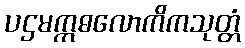
ပဌမဣဓလောကိကသုတ္တံ